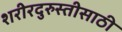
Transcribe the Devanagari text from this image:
शरीरदुरुस्तीसाठी